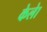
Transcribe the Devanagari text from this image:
केलेा